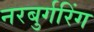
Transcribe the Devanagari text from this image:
नरबुर्गरिंग